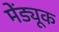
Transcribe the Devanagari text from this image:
मेंड्यूक